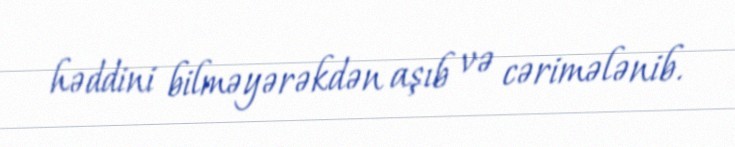
həddini bilməyərəkdən aşıb və cərimələnib.